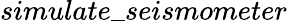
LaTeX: simulate\_ seismometer